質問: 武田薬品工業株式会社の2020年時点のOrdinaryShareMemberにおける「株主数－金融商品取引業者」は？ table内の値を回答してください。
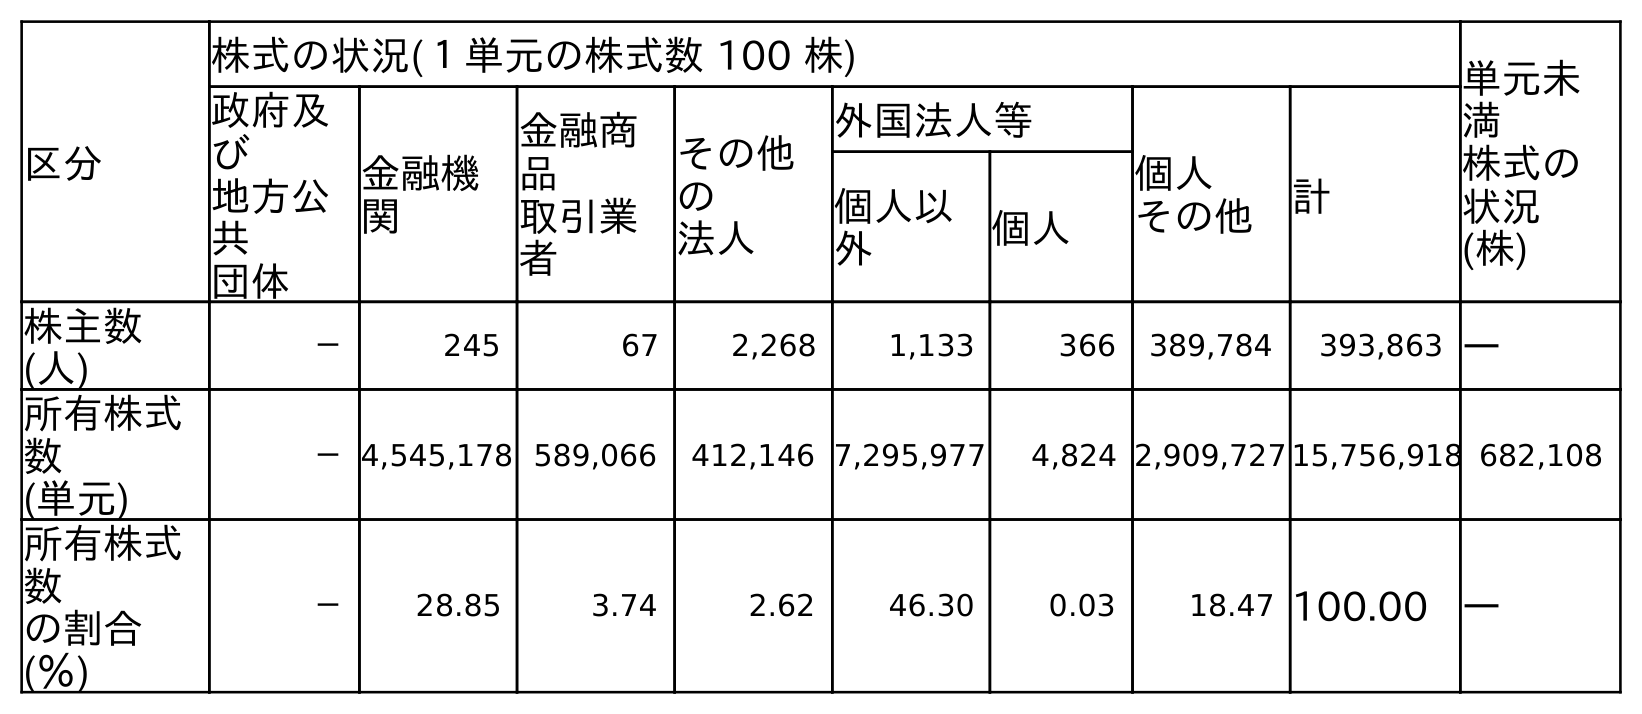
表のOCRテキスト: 区分 株式の状況(１単元の株式数 100 株) 単元未 満 株式の 状況 (株) 政府及 び 地方公 共 団体 金融機 関 金融商 品 取引業 者 その他 の 法人 外国法人等 個人 その他 計 個人以 外 個人 株主数 (人) － 245 67 2,268 1,133 366 389,784 393,863 ― 所有株式 数 (単元) －4,545,178 589,066 412,146 7,295,977 4,824 2,909,727 15,756,918 682,108 所有株式 数 の割合 (％) － 28.85 3.74 2.62 46.30 0.03 18.47 100.00 ―
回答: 67